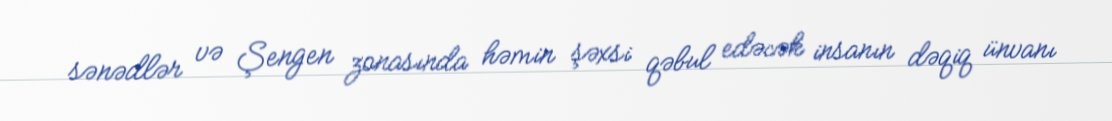
sənədlər və Şengen zonasında həmin şəxsi qəbul edəcək insanın dəqiq ünvanı